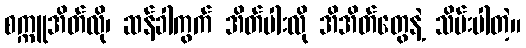
စက္ကူအိတ်လို၊ ဆန်ခါကွက် အိတ်ပါးလို အိအိတ်တွေနဲ့ သိမ်းပါတဲ့။